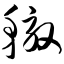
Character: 辙